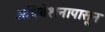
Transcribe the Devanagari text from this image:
अधिवेशनापासून